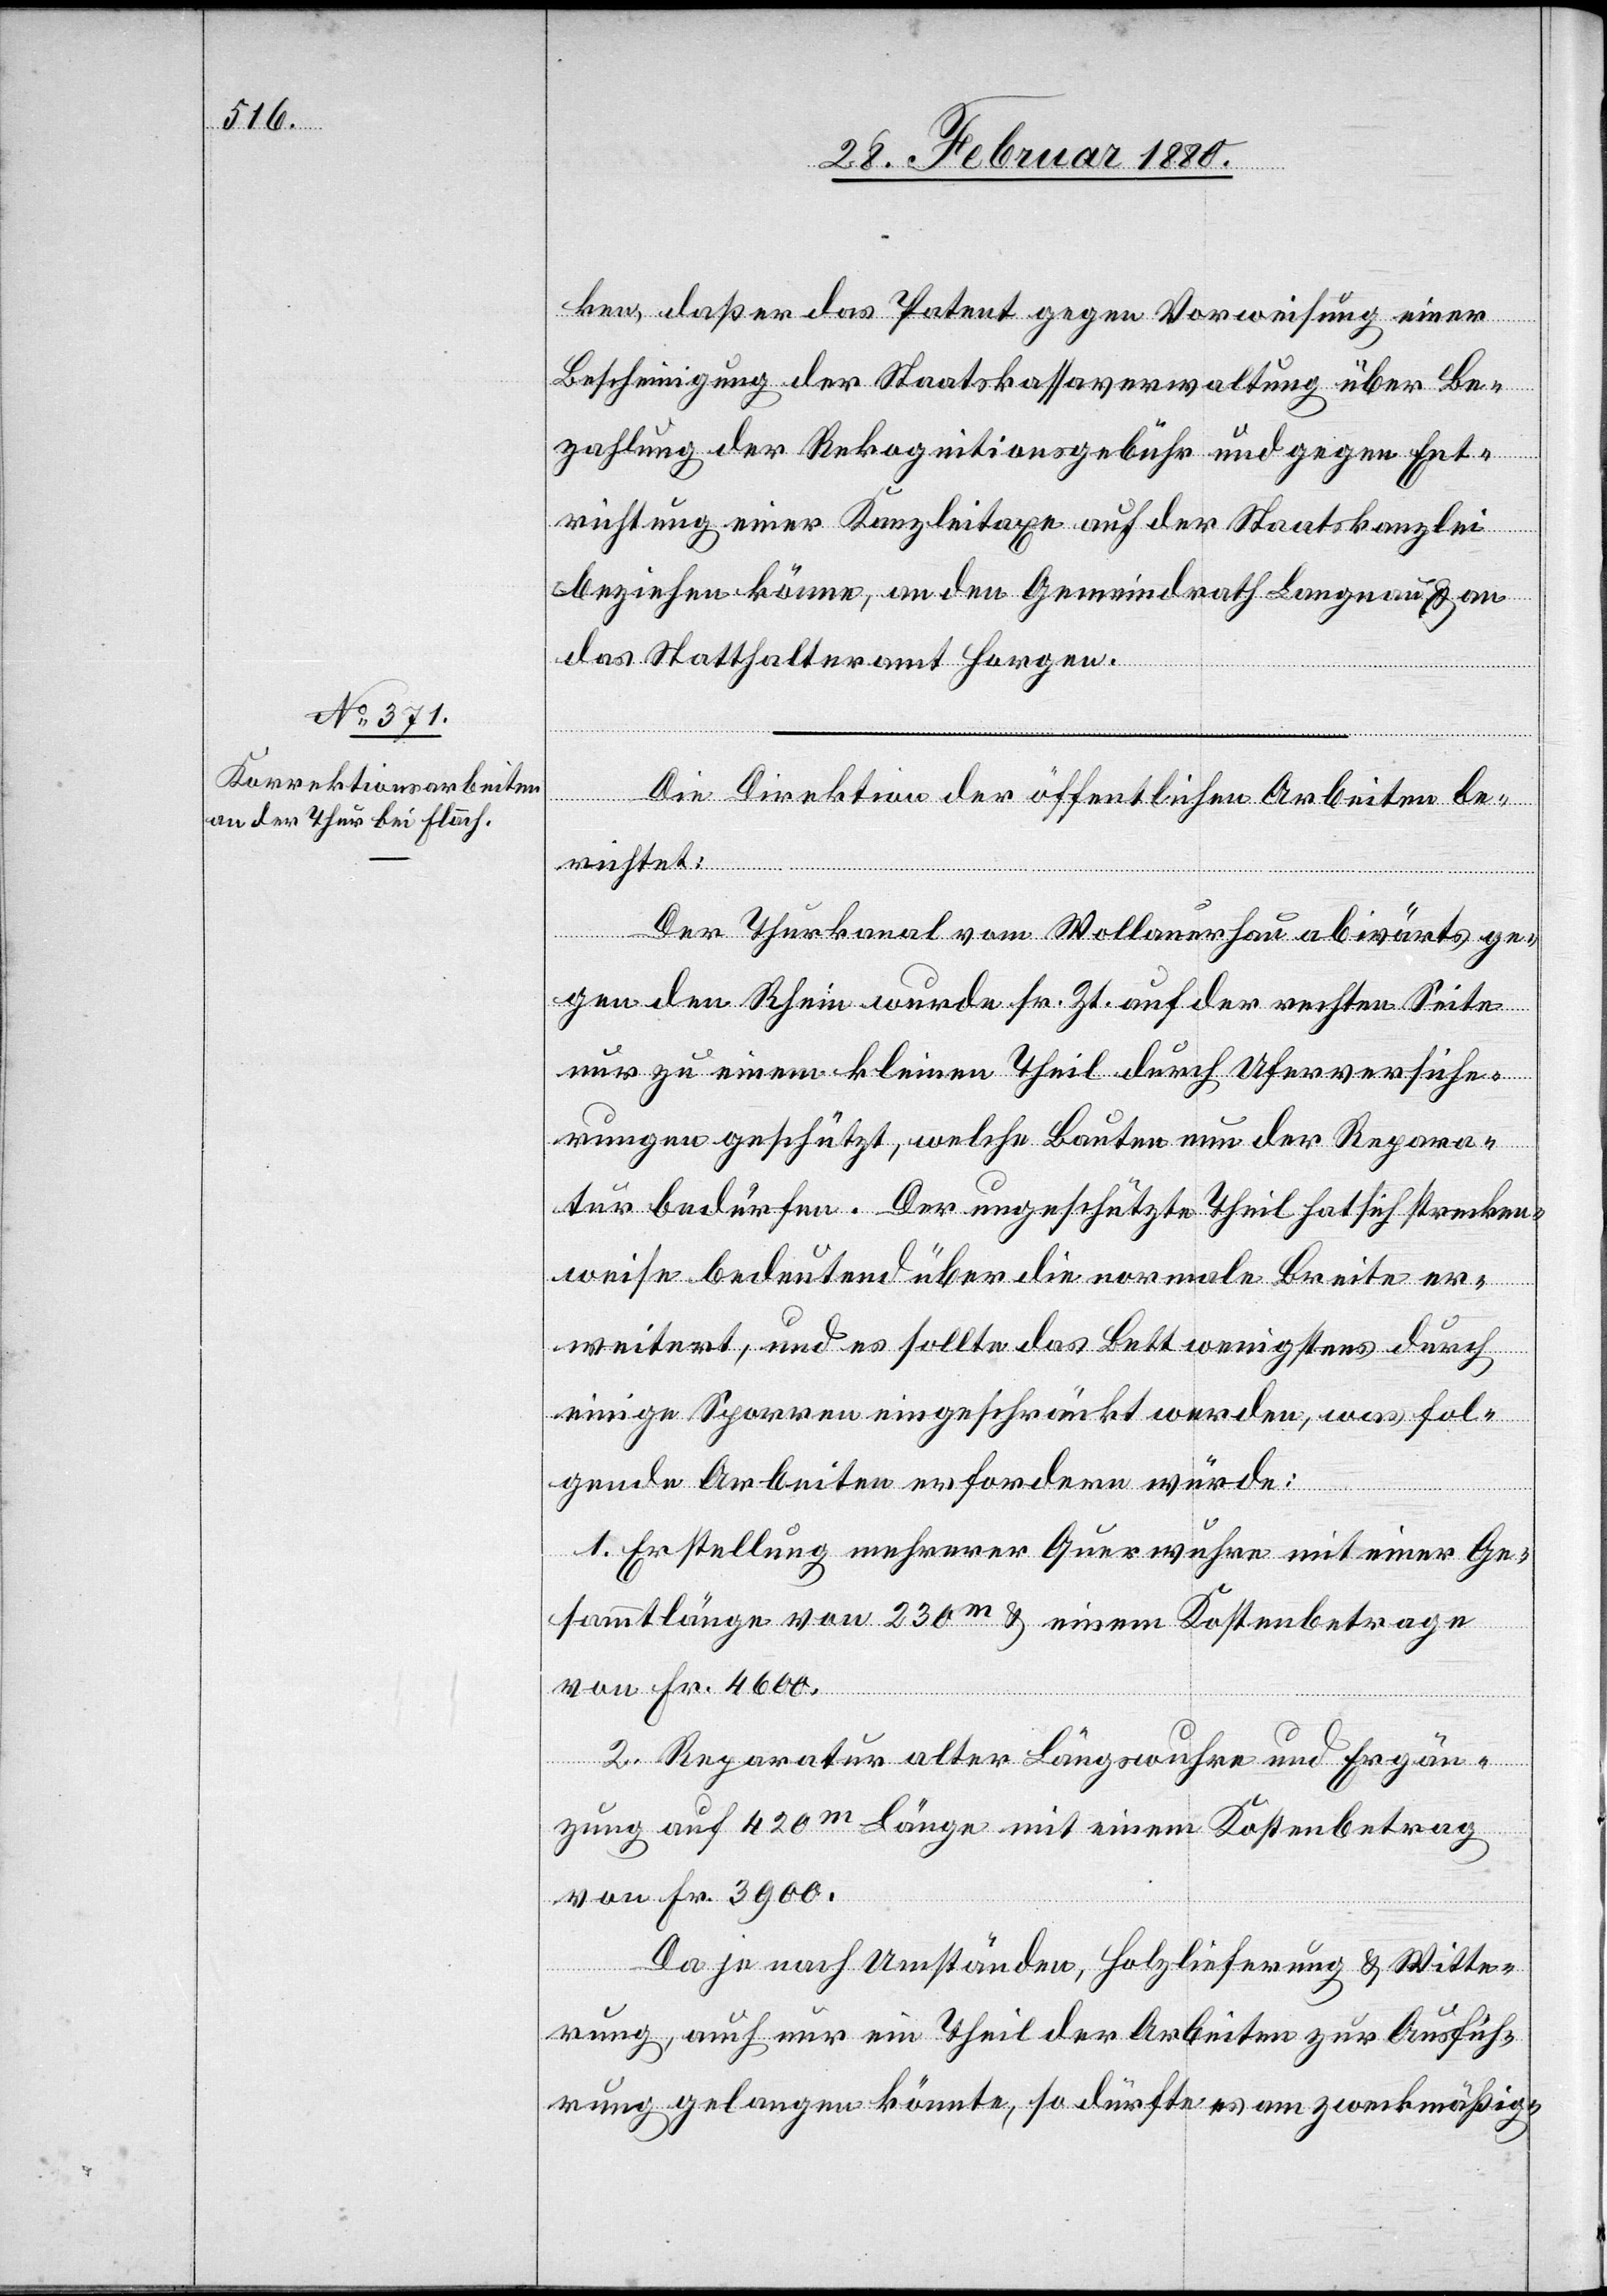
ken, daß er das Patent gegen Vorweisung einer
Bescheinigung der Staatskassaverwaltung über Be¬
zahlung der Rekognitionsgebühr und gegen Ent¬
richtung einer Kanzleitaxe auf der Staatskanzlei
beziehen könne, an den Gemeindrath Langnau & an
das Statthalteramt Horgen.
Die Direktion der öffentlichen Arbeiten be¬
richtet:
Der Thurkanal vom Wollauerhau abwärts ge¬
gen den Rhein wurde sr. Zt. auf der rechten Seite
nur zu einem kleinen Theil durch Uferversiche¬
rungen geschützt, welche Bauten nun der Repara¬
tur bedürfen. Der ungeschützte Theil hat sich strecken¬
weise bedeutend über die normale Breite er¬
weitert, und es sollte das Bett wenigstens durch
einige Sparren eingeschränkt werden, was fol¬
gende Arbeiten erfordern würde:
1. Erstellung mehrerer Querwuhre mit einer Ge¬
sammtlänge von 230m & einem Kostenbetrage
von Fr. 4600.
2. Reparatur alter Längswuhre und Ergän¬
zung auf 420m Länge mit einem Kostenbetrag
von Fr. 3900.
Da je nach Umständen, Holzlieferung & Witte¬
rung, auch nur ein Theil der Arbeiten zur Ausfüh¬
rung gelangen könnte, so dürfte es am zweckmäßig-